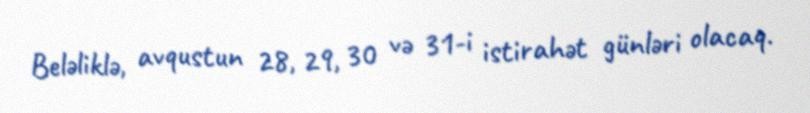
Beləliklə, avqustun 28, 29, 30 və 31-i istirahət günləri olacaq.